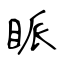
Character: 眽